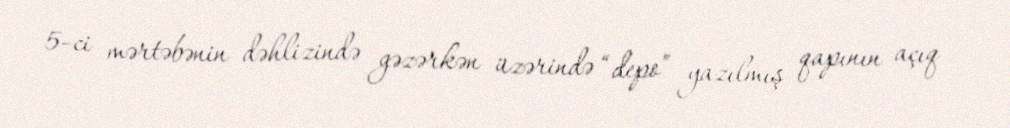
5-ci mərtəbənin dəhlizində gəzərkən üzərində “depo” yazılmış qapının açıq